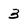
Character: 3